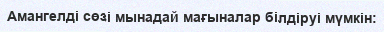
Амангелді сөзі мынадай мағыналар білдіруі мүмкін: